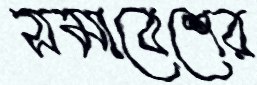
সমাবেশের